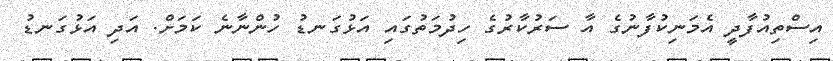
އިސްތިއުފާދީ އެމަނިކުފާނުގެ އާ ސަރުކާރުގެ ހިދުމަތުގައި އަޅުގަނޑު ހުންނާނެ ކަމަށް. އަދި އަޅުގަނޑު